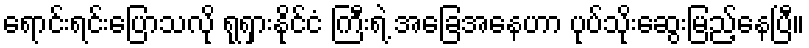
ရောင်းရင်းပြောသလို ရုရှားနိုင်ငံ ကြီးရဲ့ အခြေအနေဟာ ပုပ်သိုးဆွေးမြည့်နေပြီ။